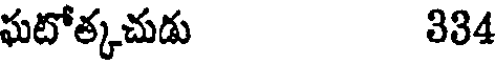
ఘటోత్కచుడు 334